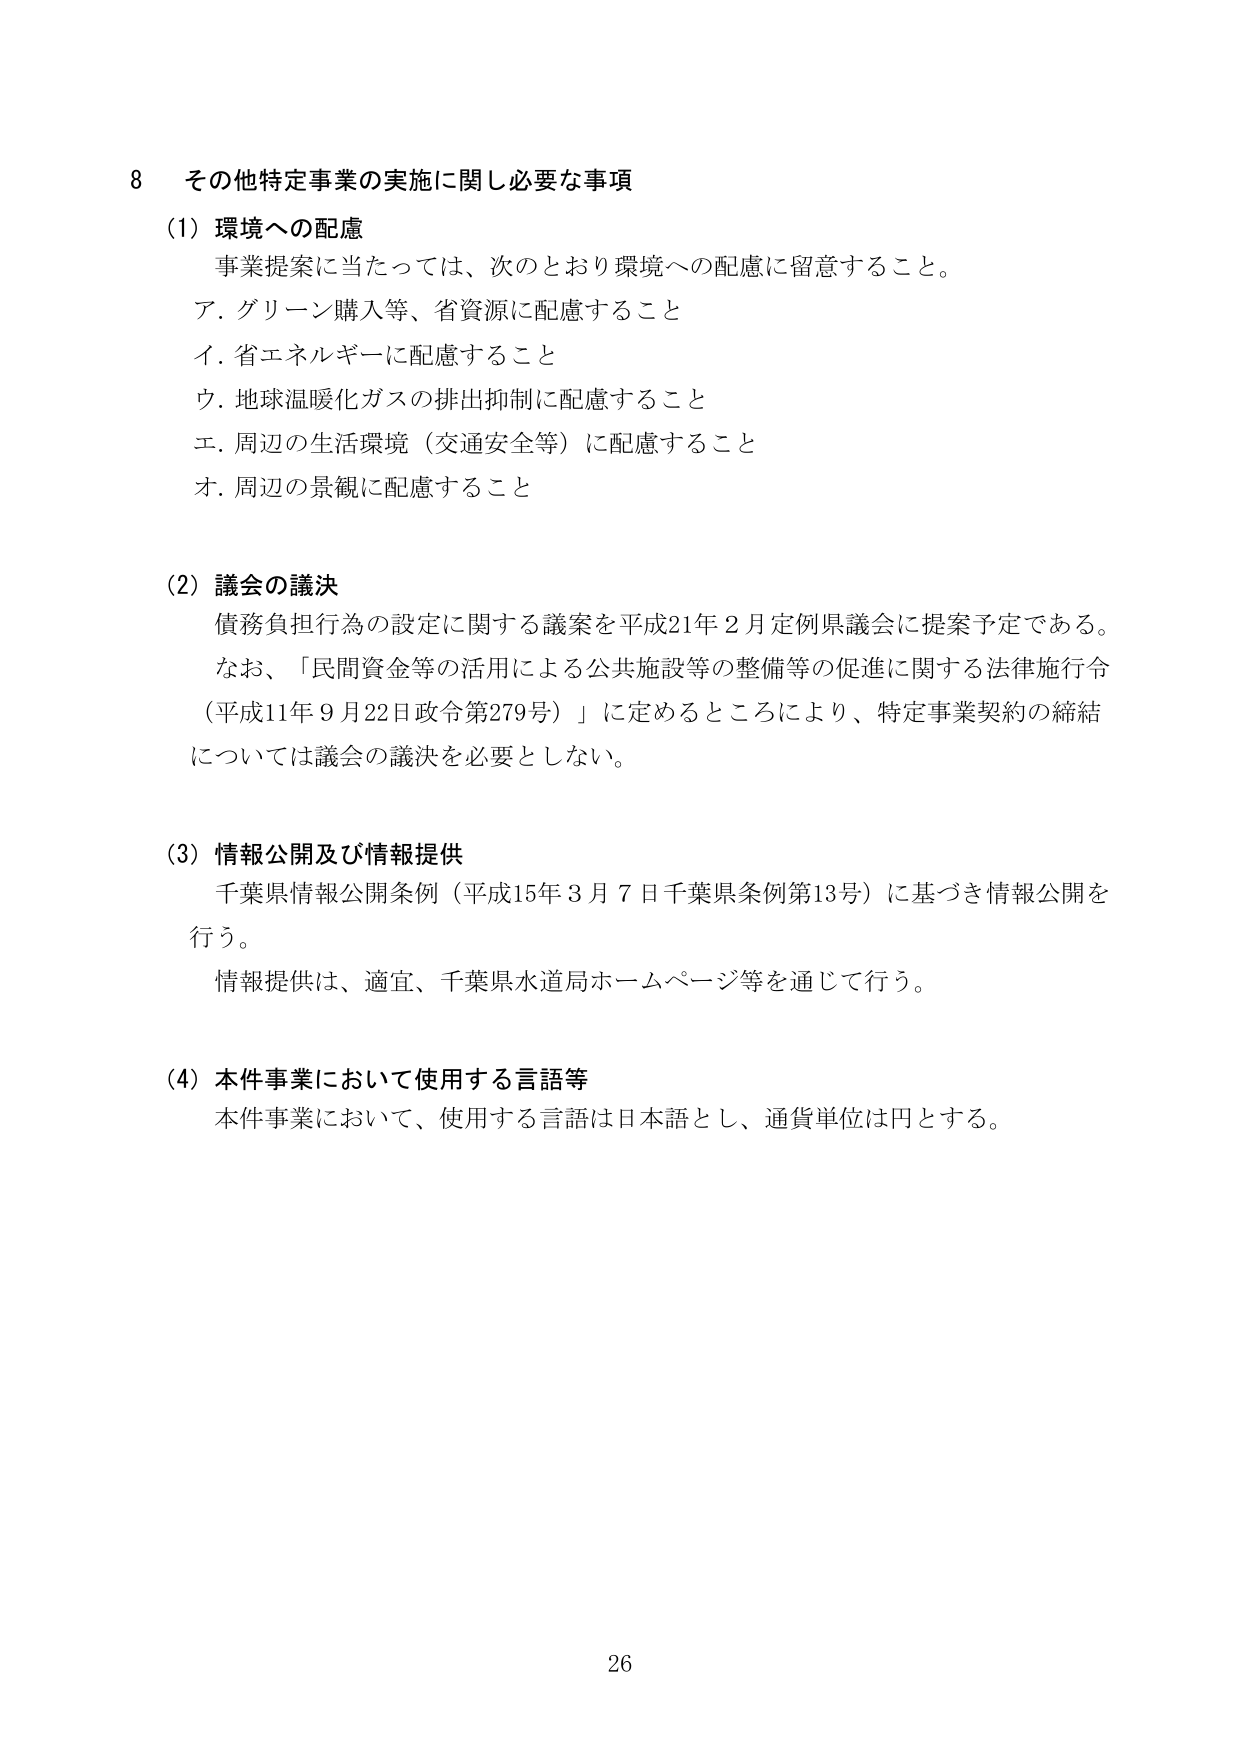
8 その他特定事業の実施に関し必要な事項

(1) 環境への配慮
事業提案に当たっては、次のとおり環境への配慮に留意すること。
ア. グリーン購入等、省資源に配慮すること
イ. 省エネルギーに配慮すること
ウ. 地球温暖化ガスの排出抑制に配慮すること
エ. 周辺の生活環境（交通安全等）に配慮すること
オ. 周辺の景観に配慮すること

(2) 議会の議決
債務負担行為の設定に関する議案を平成21年2月定例県議会に提案予定である。
なお、「民間資金等の活用による公共施設等の整備等の促進に関する法律施行令
（平成11年9月22日政令第279号）」に定めるところにより、特定事業契約の締結
については議会の議決を必要としない。

(3) 情報公開及び情報提供
千葉県情報公開条例（平成15年3月7日千葉県条例第13号）に基づき情報公開を
行う。
情報提供は、適宜、千葉県水道局ホームページ等を通じて行う。

(4) 本件事業において使用する言語等
本件事業において、使用する言語は日本語とし、通貨単位は円とする。

26